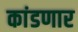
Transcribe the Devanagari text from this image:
कांडणार